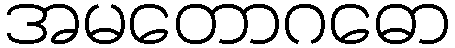
အမတောဂဓော